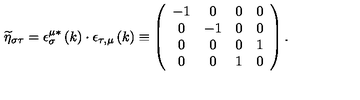
\widetilde { \eta } _ { \sigma \tau } = \epsilon _ { \sigma } ^ { \mu * } \left( k \right) \cdot \epsilon _ { \tau , \mu } \left( k \right) \equiv \left( \begin{array} { c c c c } { - 1 } & { 0 } & { 0 } & { 0 } \\ { 0 } & { - 1 } & { 0 } & { 0 } \\ { 0 } & { 0 } & { 0 } & { 1 } \\ { 0 } & { 0 } & { 1 } & { 0 } \\ \end{array} \right) .